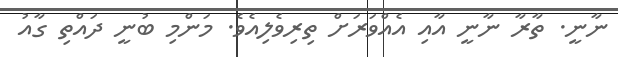
ނާނީ. ތާރާ ނާނީ އާއި އެއްވަރަށް ތިރިވެލިއެވެ. މަންމި ބުނީ ދައްތި ގާއު